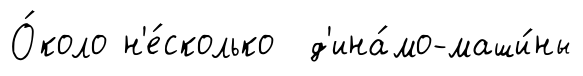
О́коло н'е́сколько д'ина́мо-маши́ны